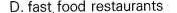
D. fast, food restaurants